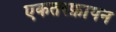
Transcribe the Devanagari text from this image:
एकतरफ़ापन